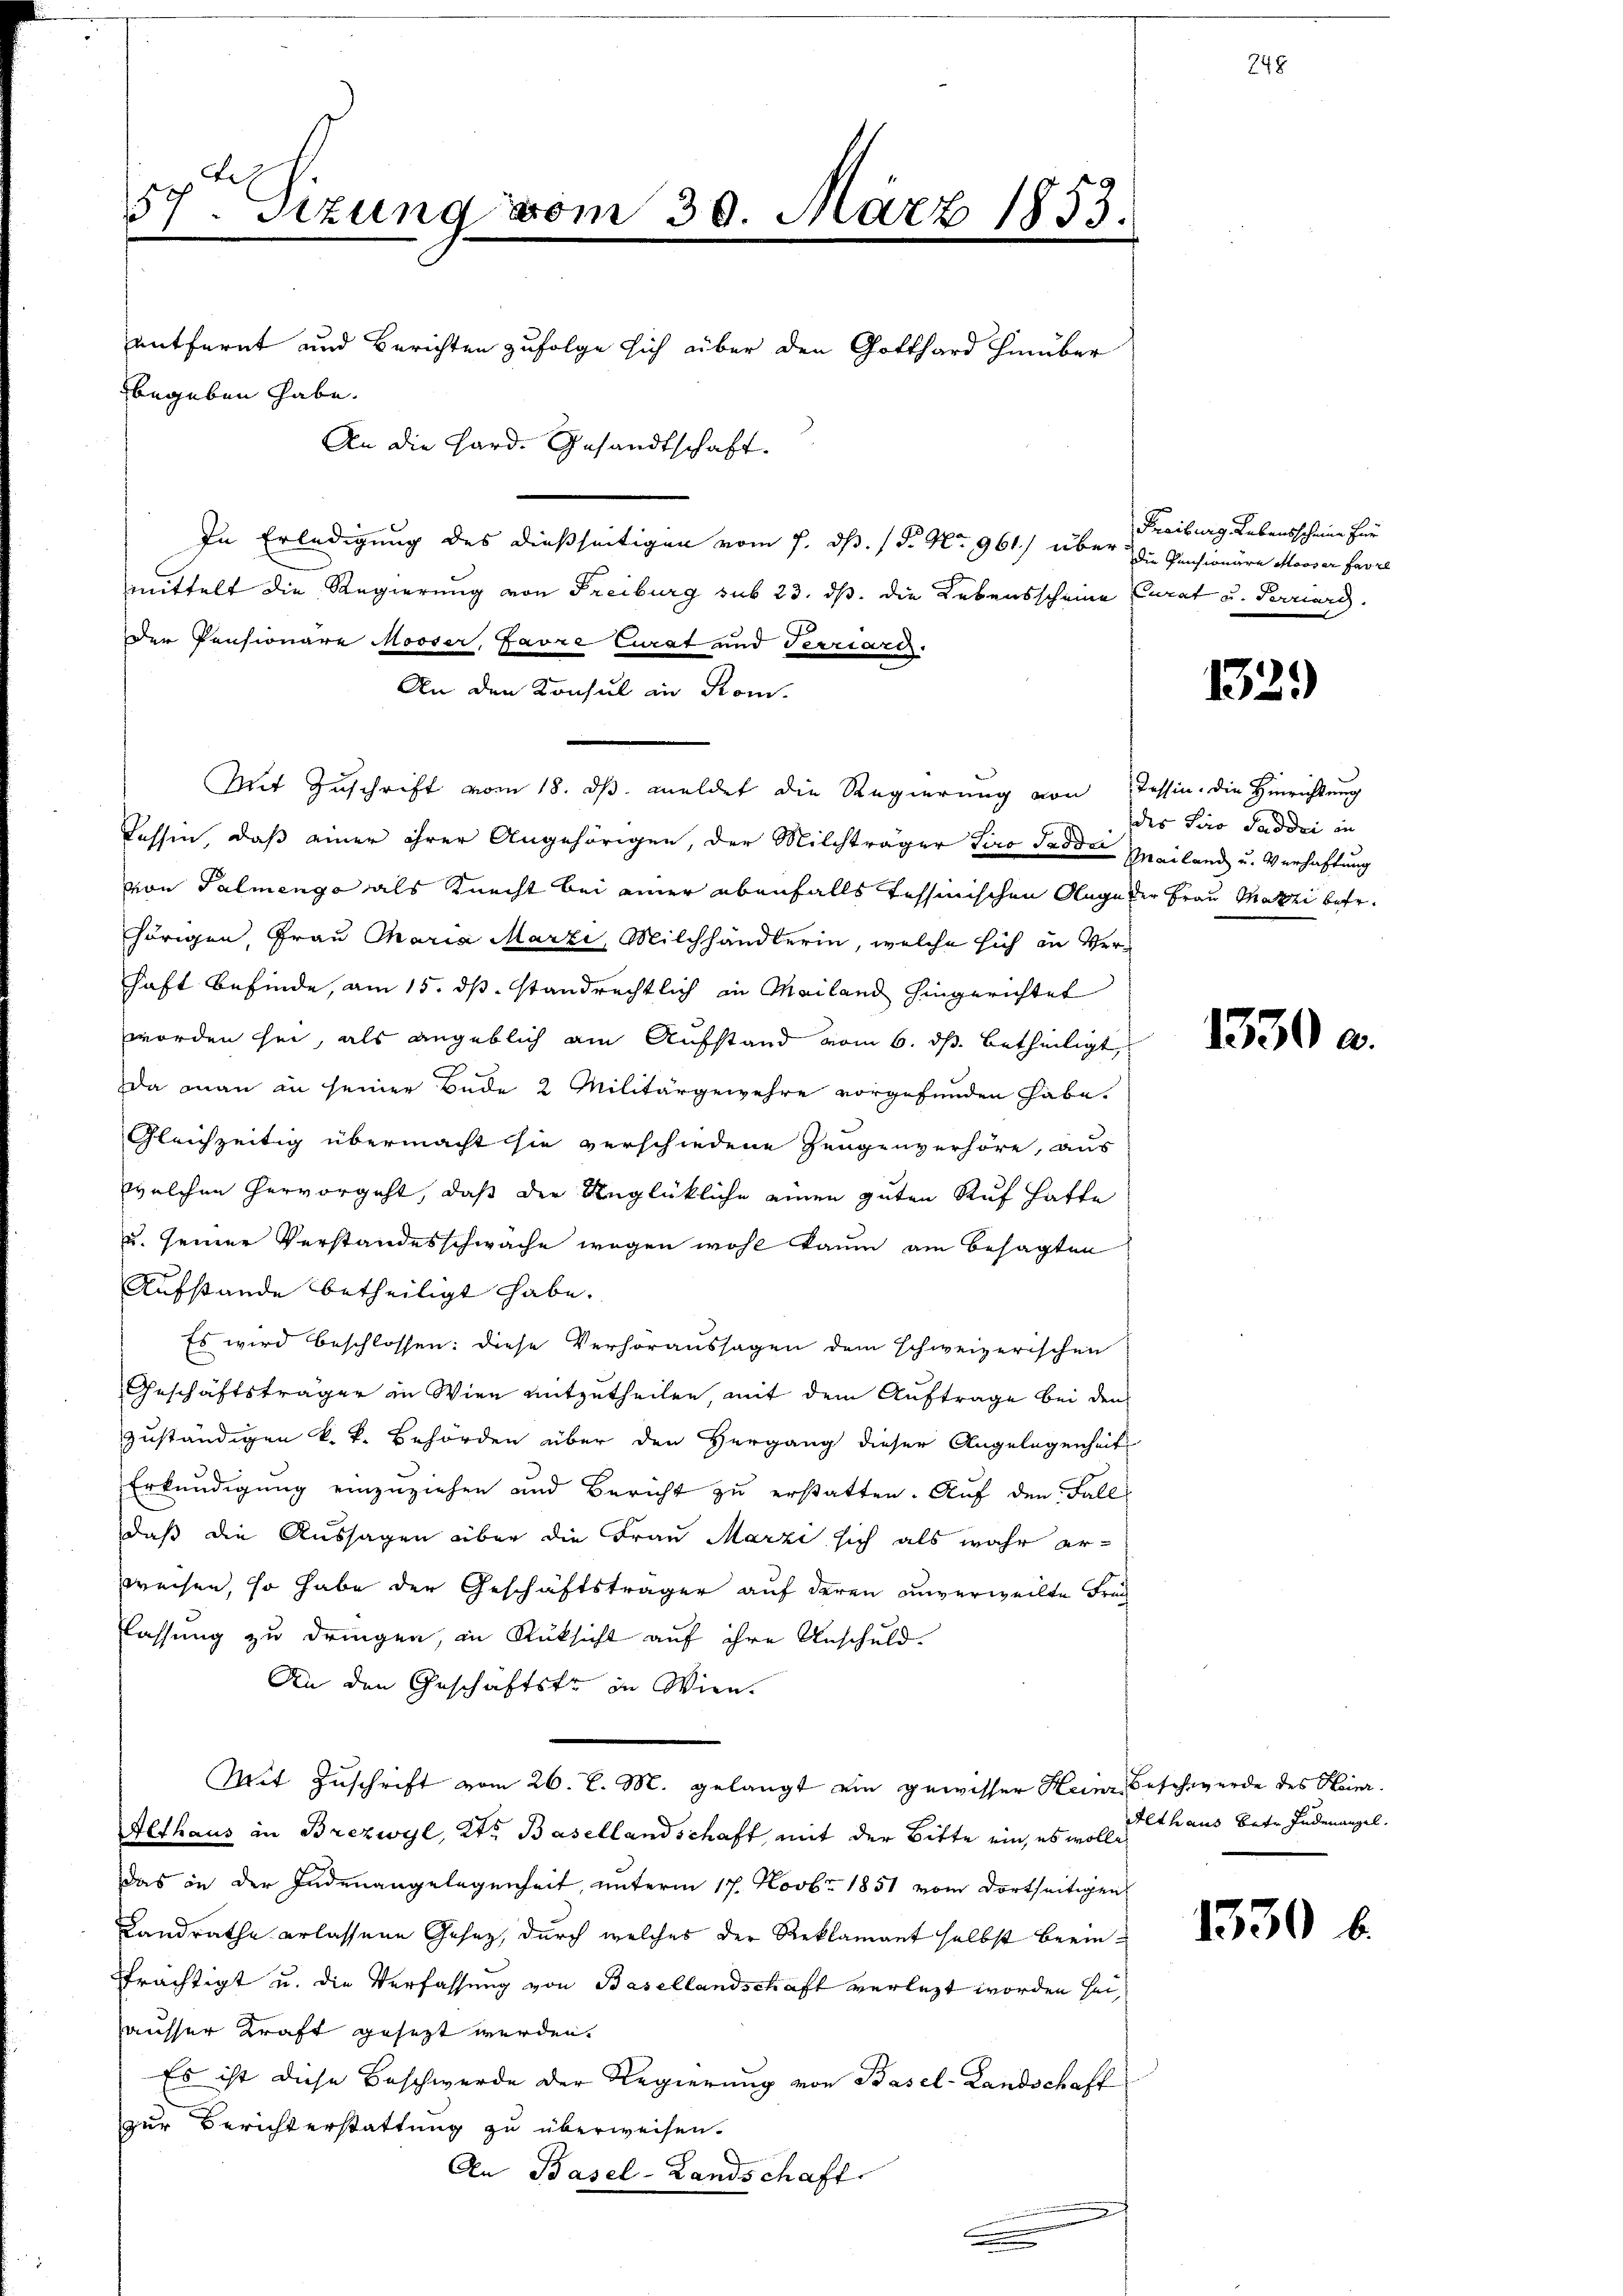
57. Sizung vom 30. März 1853.

In Erledigung des dießseitigen vom 7. ds. / P. Nr. 961) über die Pensionäre Mooser Hasel
mittelt die Regierung von Freiburg sub 23. ds. die Lebensscheine Curat u. Perriarg.
Der Pensionäre Mooser, Favre Curat und Terriarcz
An den Konsul in Rom.
Mit Zuschrift vom 18. ds. meldet die Regierung von Tessin, die Hinrichtung
Tassen, daß einer ihrer Angehörigen, der Milchträger Tiro Tadda Mailand u. Verhaftung
von Palmenge als Knecht bei einer ebenfalls tessinischen Olage der Frau Marti betr.
hörigen, Frau Maria Marzi, Milchhändlerin, welche sich in Verhaft befinde, am 15. ds. standrechtlich in Mailand hingerichtet
worden sei, als angeblich am Aufstand vom 6. ds. betheiligt
da man in seiner Bede 2 Militärgewehre vorgefunden habe.
Gleichzeitig übermacht sie verschiedene Zeugenverhöre, aus
welchen hervorgeht, daß der Unglückliche einen guten Auf hatte
u. seiner Verstandesschwache wegen wohl kaum am besagten
Aufstande betheiligt habe.
Es wird beschlossen: diese Verhöraussagen dem schweizerischen
Geschäftsträger in Wien mitzutheilen, mit dem Auftrage bei den
zuständigen k. k. Behörden über den Hergang dieser Angelegenheit
Erkundigung einzuziehen und Bericht zu erstatten. Auf den Fall
daß die Aussagen über die Frau Marzi sich als wahr erzweisen, so habe der Geschäftsträger auf deren unverweilte Frag
lassung zu dringen, in Rüksicht auf ihre Anschuld-
An den Geschäftste in Wien.
Mit Zuschrift vom 26. l. M. gelangt ein gewisser Heine Beschwerde des Heinr.
Althaus in Brezwyl, Kt. Basellandschaft, mit der Bitte ein, es wolle
Das in der Indenangelegenheit, unterm 17. Novbr. 1851 vom dortseitigens
Landrathe erlassene Gesetz, durch welches der Reklamant selbst beeinträchtigt u. die Verfassung von Basellandschaft verlegt worden sei,
ausser Kraft gesezt werden.
Es ist diese Beschwerde der Regierung von Basel-Landschaft
zur Berichterstattung zu überweisen.
An Basel-Landschaft

entfernt und Berichten zufolge sich über den Gotthard hinüber
begeben habe.
An die Hard. Gesandtschaft.

Freiburg, Lebensscheine für

1329)

des Siro Saddri in

1330 a

Althaus betr. Endenangel.

1330 b